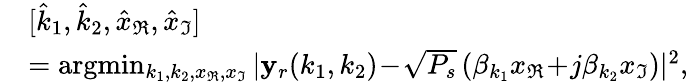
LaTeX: \begin{array}{rl}&{[\hat{k}_{1},\hat{k}_{2},\hat{x}_{\Re},\hat{x}_{\Im}]}\\ &{=\arg\! \operatorname*{min}_{{k}_{1},{k}_{2},{x}_{\Re},{x}_{\Im}}|\mathbf{y}_{r}(k_{1},k_{2})\! -\! \sqrt{P_{s}}\left(\beta_{k_{1}}x_{\Re}\! +\! j\beta_{k_{2}}x_{\Im}\right)|^{2},}\end{array}